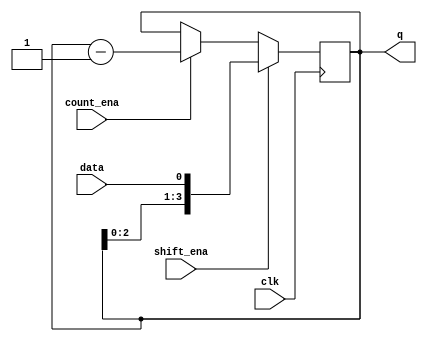
module top_module (
    input clk,
    input shift_ena,
    input count_ena,
    input data,
    output [3:0] q);
    
    always@(posedge clk)begin
        if(shift_ena)
            q <= {q[2:0],data};
        else if(count_ena)
            q <= q - 1;
        else
            q <= q;
    end
endmodule